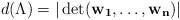
\begin{align*}d(\Lambda) = | \det (\mathbf{w_1}, \dots, \mathbf{w_n}) |\end{align*}